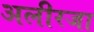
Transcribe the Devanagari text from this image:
अलीरजा